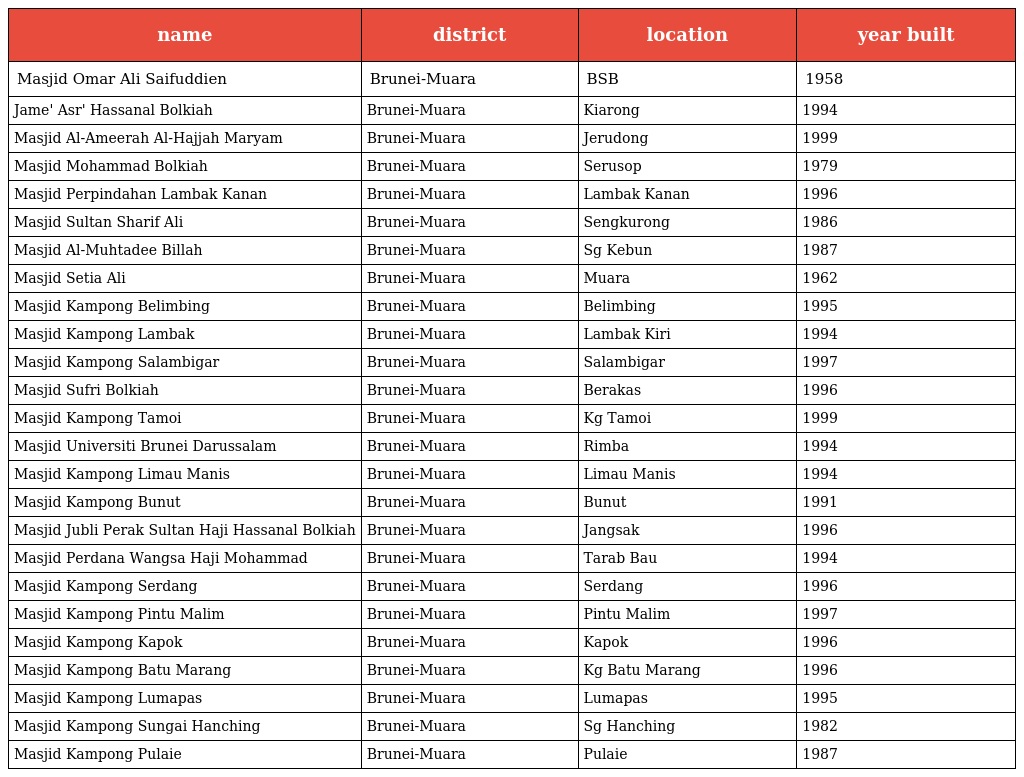
| name | district | location | year built |
 | --- | --- | --- | --- |
 | Masjid Omar Ali Saifuddien | Brunei-Muara | BSB | 1958 |
 | Jame' Asr' Hassanal Bolkiah | Brunei-Muara | Kiarong | 1994 |
 | Masjid Al-Ameerah Al-Hajjah Maryam | Brunei-Muara | Jerudong | 1999 |
 | Masjid Mohammad Bolkiah | Brunei-Muara | Serusop | 1979 |
 | Masjid Perpindahan Lambak Kanan | Brunei-Muara | Lambak Kanan | 1996 |
 | Masjid Sultan Sharif Ali | Brunei-Muara | Sengkurong | 1986 |
 | Masjid Al-Muhtadee Billah | Brunei-Muara | Sg Kebun | 1987 |
 | Masjid Setia Ali | Brunei-Muara | Muara | 1962 |
 | Masjid Kampong Belimbing | Brunei-Muara | Belimbing | 1995 |
 | Masjid Kampong Lambak | Brunei-Muara | Lambak Kiri | 1994 |
 | Masjid Kampong Salambigar | Brunei-Muara | Salambigar | 1997 |
 | Masjid Sufri Bolkiah | Brunei-Muara | Berakas | 1996 |
 | Masjid Kampong Tamoi | Brunei-Muara | Kg Tamoi | 1999 |
 | Masjid Universiti Brunei Darussalam | Brunei-Muara | Rimba | 1994 |
 | Masjid Kampong Limau Manis | Brunei-Muara | Limau Manis | 1994 |
 | Masjid Kampong Bunut | Brunei-Muara | Bunut | 1991 |
 | Masjid Jubli Perak Sultan Haji Hassanal Bolkiah | Brunei-Muara | Jangsak | 1996 |
 | Masjid Perdana Wangsa Haji Mohammad | Brunei-Muara | Tarab Bau | 1994 |
 | Masjid Kampong Serdang | Brunei-Muara | Serdang | 1996 |
 | Masjid Kampong Pintu Malim | Brunei-Muara | Pintu Malim | 1997 |
 | Masjid Kampong Kapok | Brunei-Muara | Kapok | 1996 |
 | Masjid Kampong Batu Marang | Brunei-Muara | Kg Batu Marang | 1996 |
 | Masjid Kampong Lumapas | Brunei-Muara | Lumapas | 1995 |
 | Masjid Kampong Sungai Hanching | Brunei-Muara | Sg Hanching | 1982 |
 | Masjid Kampong Pulaie | Brunei-Muara | Pulaie | 1987 |